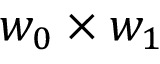
w _ { 0 } \times w _ { 1 }